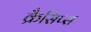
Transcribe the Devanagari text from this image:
क्रैसिप्स